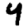
Digit: 4